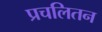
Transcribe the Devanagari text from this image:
प्रचलितन